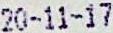
20-11-17